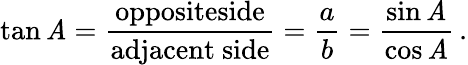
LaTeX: \tan\mathit{A}={\frac{{\mathrm{{oppositeside}}}}{{\mathrm{{adjacent~side}}}}}={\frac{{a}}{{b}}}={\frac{{\sin\mathit{A}}}{{\cos\mathit{A}}}}\, .